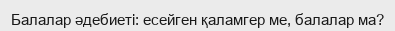
Балалар әдебиеті: есейген қаламгер ме, балалар ма?